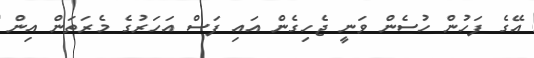
އޭގެ ފަހުން ހުސެން ވަނީ ޖެހިގެން އައި ފަސް އަހަރުގެ މެރަތަން އިން